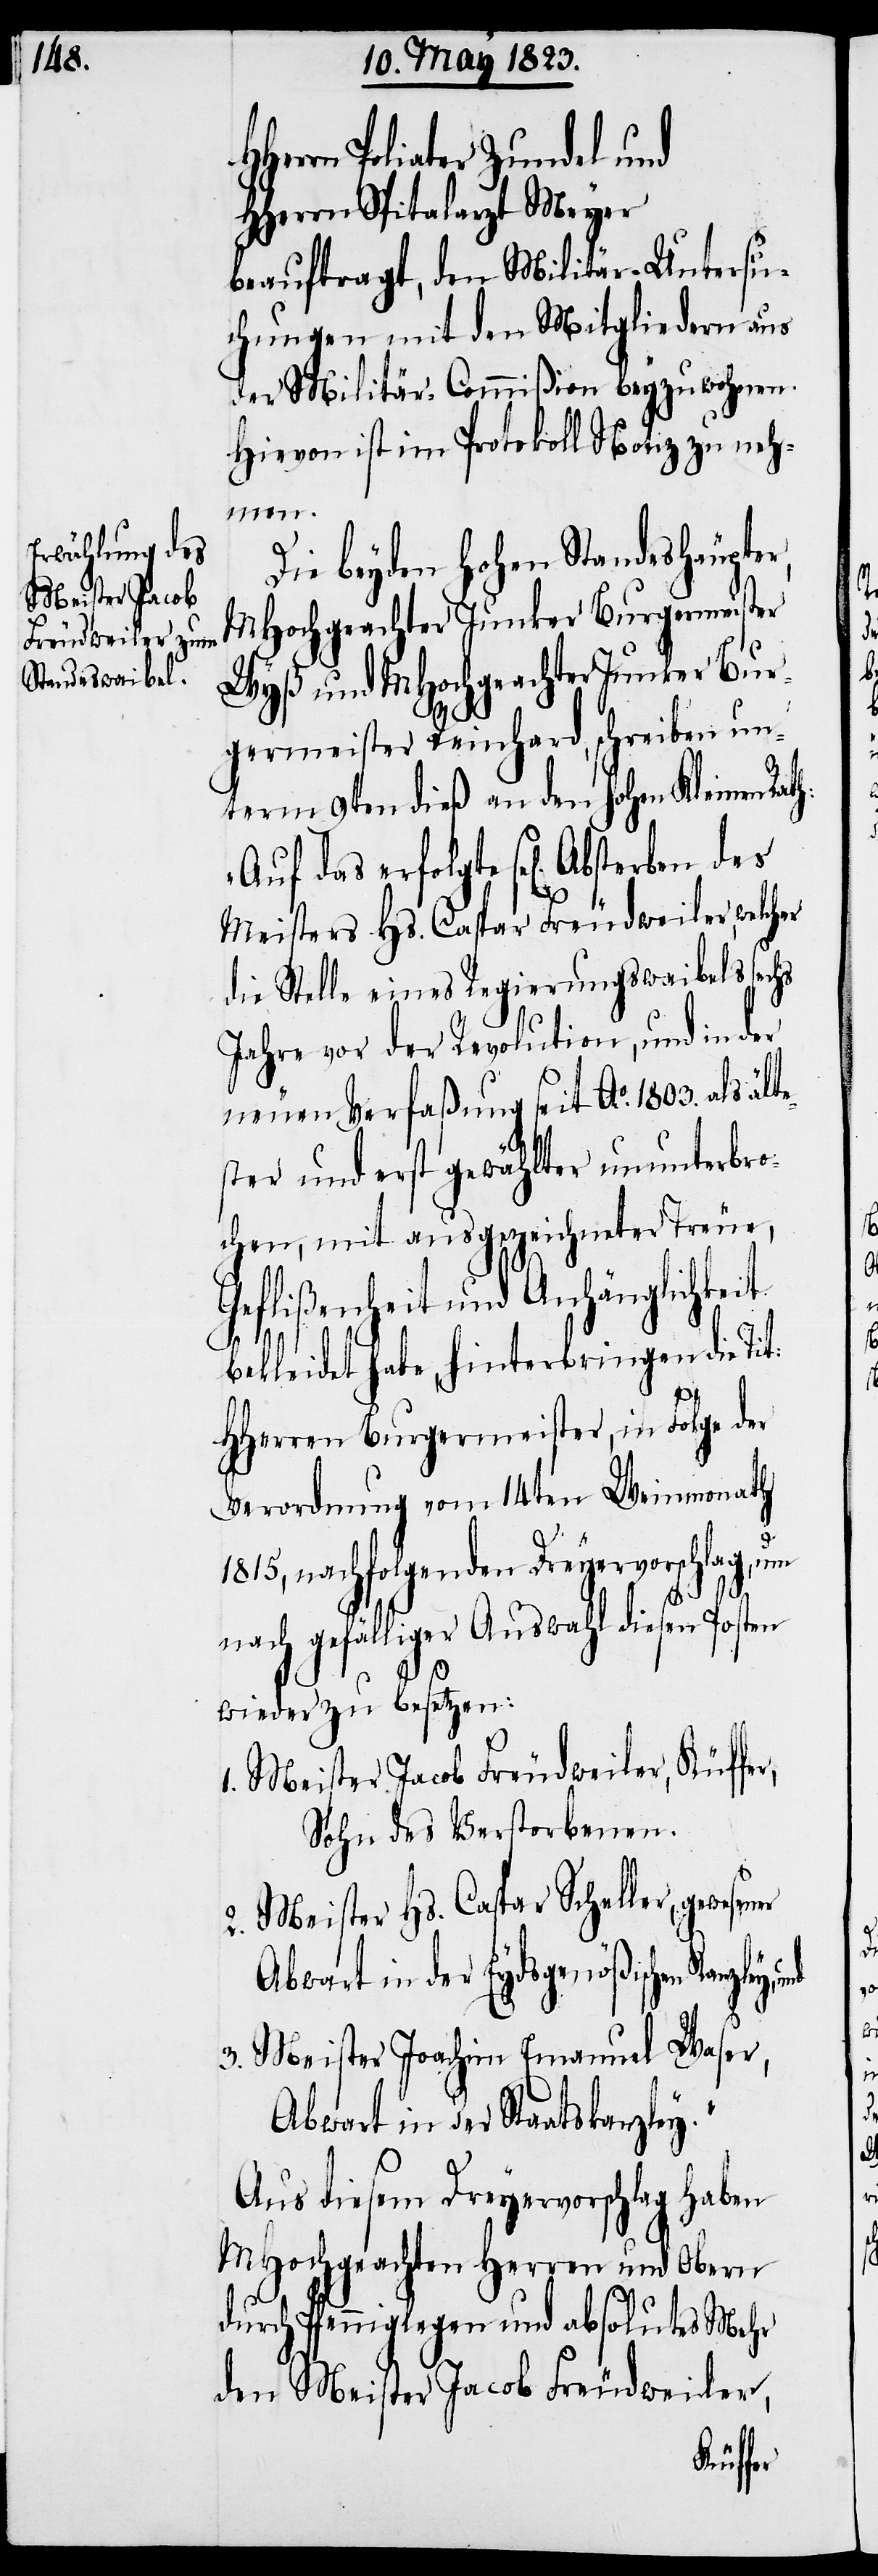
Herrn Poliater Zundel und
HHerrn Spitalarzt Meyer
beauftragt, den Militär-Untersu¬
chungen mit den Mitgliedern aus
der Militär-Commißion beyzuwohnen.
Hievon ist im Protokoll Notiz zu neh¬
sener
Die beyden hohen Standeshäupter,
MHochgeachter Junker Burgermeister
Wyß und MHochgeachter Junker Bur¬
germeister Reinhard, schreiben un¬
term 9ten dieß an den hohen Kleinen Rat¬
e¬
Meisters Hs. Caspar Freudweiler, welcher
die Stelle eines Regierungswaibels sechs
Jahre vor der Revolution, und in der
neuen Verfaßung seit Ao. 1803. als ält¬
ster und erst gewählter ununterbr¬
ochen, mit ausgezeichneter Treue,
Anhänglichkeit
bekleidet habe, hinterbringen die Tit:
HHerren Burgermeister, in Folge der
Verordnung vom 14ten Weinmonath
h:
1815, nachfolgenden Dreyervorschlag, um
nach gefälliger Auswahl diesen Posten
wieder zu besetzen:
1. Meister Jacob Freudweiler, Küffer,
Sohn des Verstorbenen.
2. Meister Hs. Caspar Scheller, gewe¬
Abwart in der Eydsgenößischen
3. Meister Joachim Emanuel Waser,
Abwart in der Staatskanzley.“
Aus diesem Dreyervorschlag haben
MHochgeachten Herren und Obern
durch Pfenniglegen und absolutes Mehr
den Meister Jacob Freudweiler,